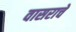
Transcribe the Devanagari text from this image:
वासराचे